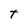
Character: t